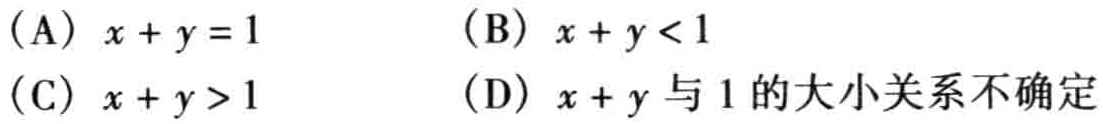
(A) \(x + y = 1\)  (B) \(x + y < 1\)
(C) \(x + y > 1\)  (D) \(x + y\)与\(1\)的大小关系不确定